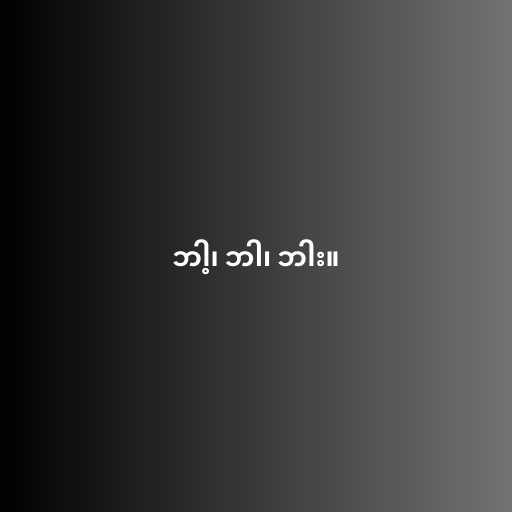
ဘါ့၊ ဘါ၊ ဘါး။